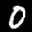
Label: 0